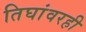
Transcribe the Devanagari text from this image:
तिघांवरही